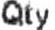
QTY